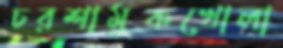
চরশামুকখোলা